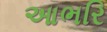
આભરિ